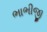
ભાભીજી